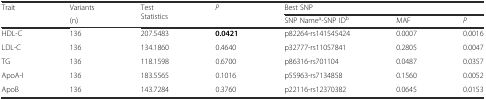
<table><thead><tr><td rowspan="2"><b>Trait</b></td><td><b>Variants</b></td><td rowspan="2"><b>Test Statistics</b></td><td rowspan="2"><b><i>P</i></b></td><td colspan="3"><b>Best SNP</b></td></tr><tr><td><b>(n)</b></td><td><b>SNP Name<sup>a</sup>-SNP ID<sup>b</sup></b></td><td><b>MAF</b></td><td><b><i>P</i></b></td></tr></thead><tbody><tr><td>HDL-C</td><td>136</td><td>207.5483</td><td><b>0.0421</b></td><td>p82264-rs141545424</td><td>0.0007</td><td>0.0016</td></tr><tr><td>LDL-C</td><td>136</td><td>134.1860</td><td>0.4640</td><td>p32777-rs11057841</td><td>0.2805</td><td>0.0047</td></tr><tr><td>TG</td><td>136</td><td>118.1598</td><td>0.6700</td><td>p86316-rs701104</td><td>0.0487</td><td>0.0357</td></tr><tr><td>ApoA-I</td><td>136</td><td>183.5565</td><td>0.1016</td><td>p55963-rs7134858</td><td>0.1560</td><td>0.0052</td></tr><tr><td>ApoB</td><td>136</td><td>143.7284</td><td>0.3760</td><td>p22116-rs12370382</td><td>0.0645</td><td>0.0153</td></tr></tbody></table>